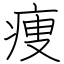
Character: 痩